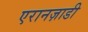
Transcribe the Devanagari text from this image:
एरानज़ाडी